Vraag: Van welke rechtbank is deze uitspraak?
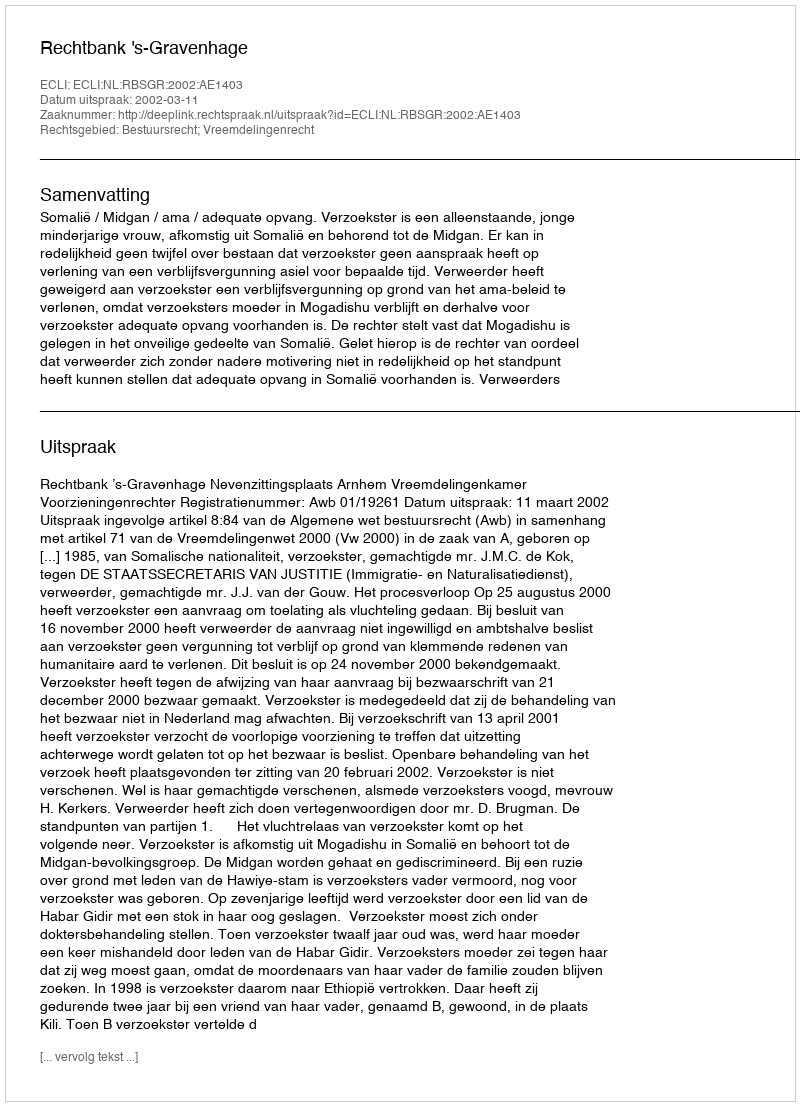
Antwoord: Rechtbank 's-Gravenhage